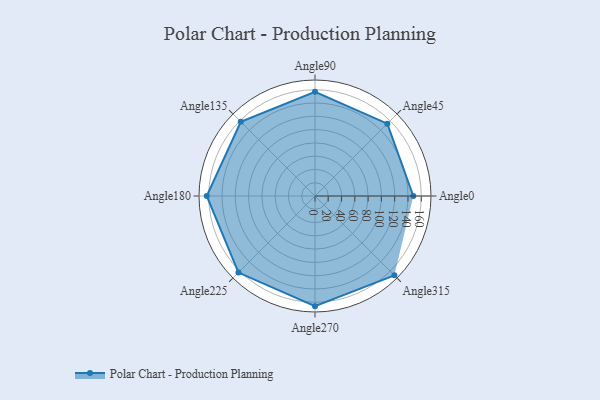
{"axis": {"x": "Angle", "y": "Radius"}, "legend": [""], "data": [{"x": "Angle0", "y": 148.0, "type": ""}, {"x": "Angle45", "y": 154.0, "type": ""}, {"x": "Angle90", "y": 157.0, "type": ""}, {"x": "Angle135", "y": 158.0, "type": ""}, {"x": "Angle180", "y": 163.0, "type": ""}, {"x": "Angle225", "y": 163.0, "type": ""}, {"x": "Angle270", "y": 166.0, "type": ""}, {"x": "Angle315", "y": 169.0, "type": ""}]}